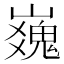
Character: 𪩜